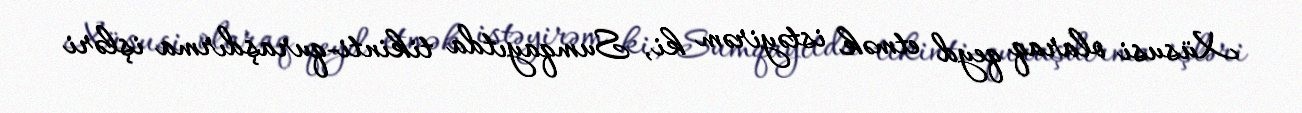
Xüsusi olaraq qeyd etmək istəyirəm ki, Sumqayıtda tikinti-quraşdırma işləri